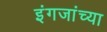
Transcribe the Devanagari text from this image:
इंगजांच्या